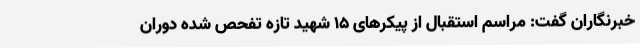
خبرنگاران گفت: مراسم استقبال از پیکرهای 15 شهید تازه تفحص شده دوران